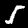
Label: 5